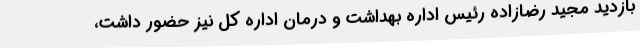
بازدید مجید رضازاده رئیس اداره بهداشت و درمان اداره کل نیز حضور داشت،